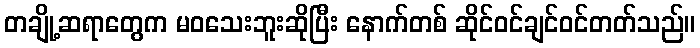
တချို့ဆရာတွေက မဝသေးဘူးဆိုပြီး နောက်တစ် ဆိုင်ဝင်ချင်ဝင်တတ်သည်။